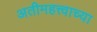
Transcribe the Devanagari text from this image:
अतीमहत्त्वाच्या